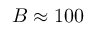
{ \cal B } \approx 1 0 0 \ \